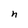
Character: n